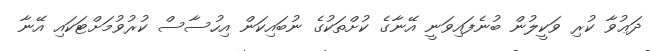
ދަޢުވާ ކުރި ވަކީލުން ބުނެފައިވަނީ އޭނާގެ ކުށްތަކުގެ ނުބައިކަން އިހުސާސް ކުރުވުމަށްޓަކައި އޭނާ